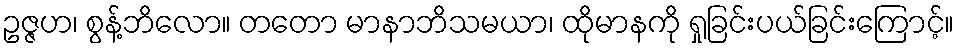
ဥဇ္ဇဟ၊ စွန့်ဘိလော။ တတော မာနာဘိသမယာ၊ ထိုမာနကို ရှုခြင်းပယ်ခြင်းကြောင့်။